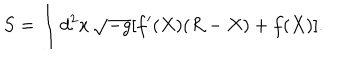
S = \int d ^ { 2 } x \, \sqrt { - g } [ f ^ { \prime } ( X ) ( R - X ) + f ( X ) ] .